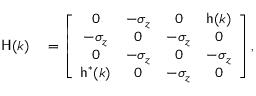
\begin{array} { r l } { { \sf H } ( k ) } & { { } = \left[ \begin{array} { c c c c } { 0 } & { - \sigma _ { z } } & { 0 } & { { \sf h } ( k ) } \\ { - \sigma _ { z } } & { 0 } & { - \sigma _ { z } } & { 0 } \\ { 0 } & { - \sigma _ { z } } & { 0 } & { - \sigma _ { z } } \\ { { \sf h } ^ { * } ( k ) } & { 0 } & { - \sigma _ { z } } & { 0 } \end{array} \right] , } \end{array}